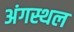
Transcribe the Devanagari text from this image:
अंगस्थल